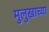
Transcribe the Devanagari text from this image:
मुलुखाच्या